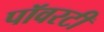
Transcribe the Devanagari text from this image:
पॉवरटी